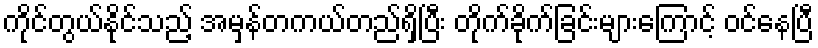
ကိုင်တွယ်နိုင်သည့် အမှန်တကယ်တည်ရှိပြီး တိုက်ခိုက်ခြင်းများကြောင့် ဝင်နေပြီ